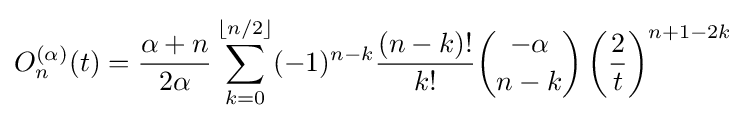
O_{n}^{(\alpha )}(t)={\frac {\alpha +n}{2\alpha }}\sum _{k=0}^{\lfloor n/2\rfloor }(-1)^{n-k}{\frac {(n-k)!}{k!}}{-\alpha  \choose n-k}\left({\frac {2}{t}}\right)^{n+1-2k}